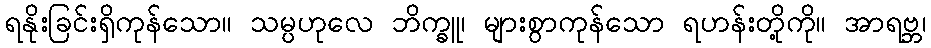
ရနိုးခြင်းရှိကုန်သော။ သမ္ပဟုလေ ဘိက္ခူ၊ များစွာကုန်သော ရဟန်းတို့ကို။ အာရဗ္ဘ၊